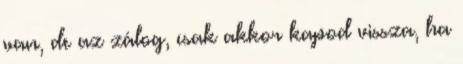
van, de az zálog, csak akkor kapod vissza, ha